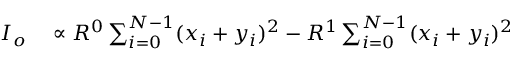
\begin{array} { r l } { I _ { o } } & { { } \propto R ^ { 0 } \sum _ { i = 0 } ^ { N - 1 } ( x _ { i } + y _ { i } ) ^ { 2 } - R ^ { 1 } \sum _ { i = 0 } ^ { N - 1 } ( x _ { i } + y _ { i } ) ^ { 2 } } \end{array}